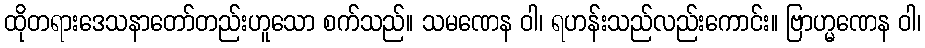
ထိုတရားဒေသနာတော်တည်းဟူသော စက်သည်။ သမဏေန ဝါ၊ ရဟန်းသည်လည်းကောင်း။ ဗြာဟ္မဏေန ဝါ၊